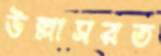
উল্লাসরত